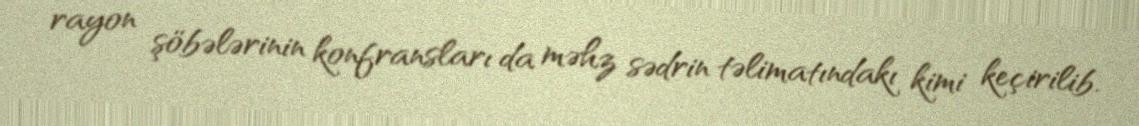
rayon şöbələrinin konfransları da məhz sədrin təlimatındakı kimi keçirilib.